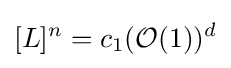
[L]^{n}=c_{1}({\mathcal {O}}(1))^{d}